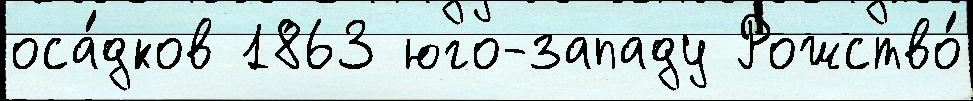
оса́дков 1863 юго-западу Рожство́